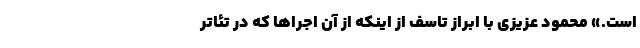
است.» محمود عزیزی با ابراز تاسف از اینکه از آن اجراها که در تئاتر